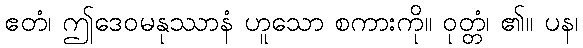
ဧတံ၊ ဤဒေဝမနုဿာနံ ဟူသော စကားကို။ ဝုတ္တံ၊ ၏။ ပန၊